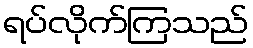
ရပ်လိုက်ကြသည်